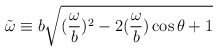
\begin{align*}\tilde{\omega} \equiv b\sqrt{(\frac{\omega}{b})^{2}-2(\frac{\omega}{b})\cos \theta +1}\end{align*}